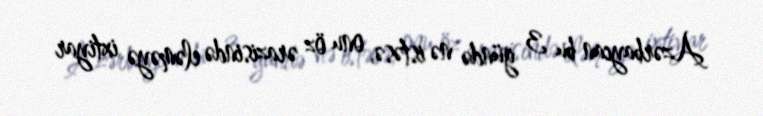
Azərbaycan bu 3 gündə nə istəsə, onu öz ərazisində eləməyə ixtiyar